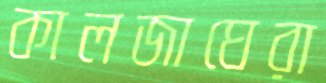
কালজাঘেরা